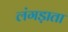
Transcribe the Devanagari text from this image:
लंगड़ाता